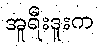
အူရီးဒူးက